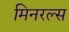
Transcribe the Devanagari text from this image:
मिनरल्‍स